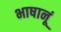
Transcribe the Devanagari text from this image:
भाषानूं